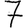
Digit: 7